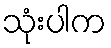
သုံးပါက